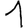
Digit: 1